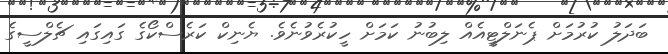
ބަދަލު ކުރުމަށް ޕެނަލްޓީއެއް ލިބުނު ކަމަށް ހީކުރެވުނެވެ. ޔެނިކް ކަރެސްކޯގެ ގައިގައި ޗެލްސީގެ